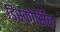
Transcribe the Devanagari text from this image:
डिस्कोर्सिज़